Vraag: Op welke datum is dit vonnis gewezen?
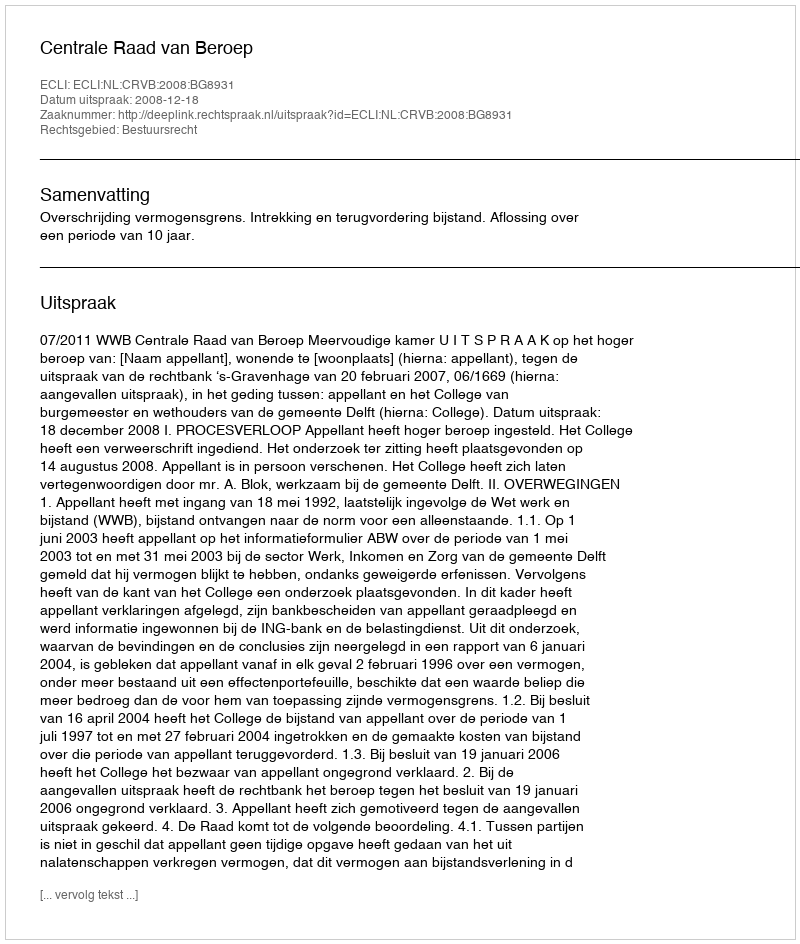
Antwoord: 2008-12-18